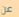
عن